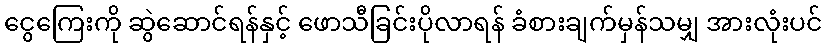
ငွေကြေးကို ဆွဲဆောင်ရန်နှင့် ဖောသီခြင်းပိုလာရန် ခံစားချက်မှန်သမျှ အားလုံးပင်